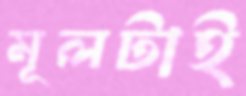
মূলটাই